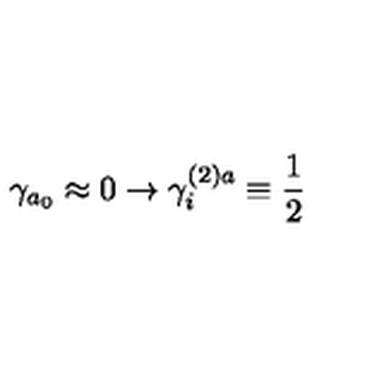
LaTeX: \gamma _ { a _ { 0 } } \approx 0 \rightarrow \gamma _ { i } ^ { ( 2 ) a } \equiv \frac { 1 } { 2 }